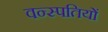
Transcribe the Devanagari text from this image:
वन्स्पतियों